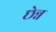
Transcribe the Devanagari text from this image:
छेन्न